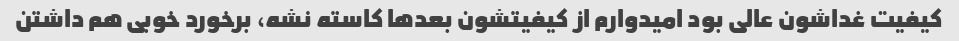
کیفیت غداشون عالی بود امیدوارم از کیفیتشون بعدها کاسته نشه، برخورد خوبی هم داشتن